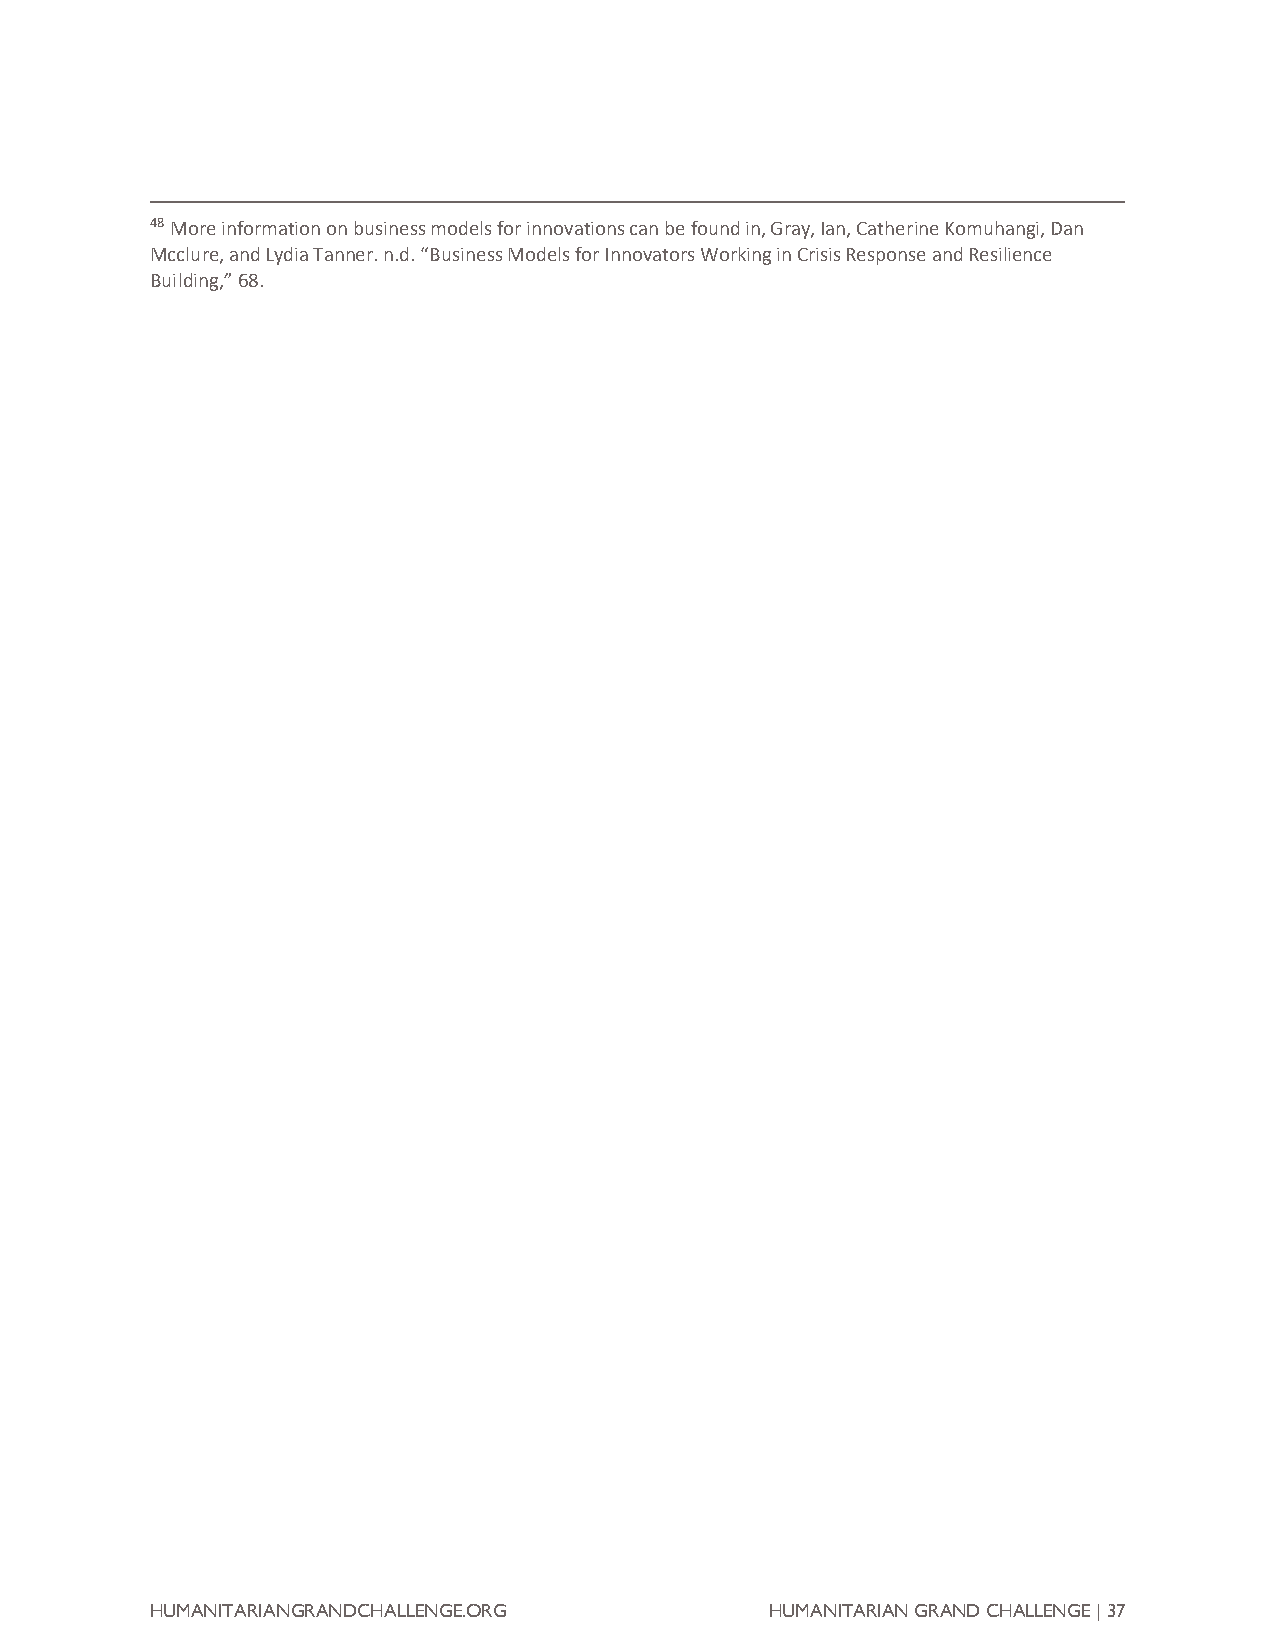
48 More information on business models for innovations can be found in, Gray, Ian, Catherine Komuhangi, Dan
 Mcclure, and Lydia Tanner. n.d. “Business Models for Innovators Working in Crisis Response and Resilience
 Building,” 68.
 HUMANITARIANGRANDCHALLENGE.ORG           HUMANITARIAN GRAND CHALLENGE | 37